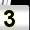
Digit: 3